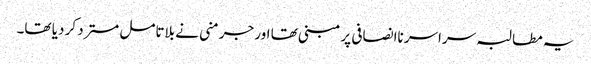
یہ مطالبہ سراسر ناانصافی پر مبنی تھا اور جرمنی نے بلاتامل مسترد کر دیا تھا۔